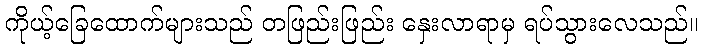
ကိုယ့်ခြေထောက်များသည် တဖြည်းဖြည်း နှေးလာရာမှ ရပ်သွားလေသည်။